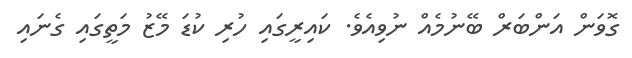
ގޮވަން އަންބަރް ބޭނުމެއް ނުވިއެވެ. ކައިރީގައި ހުރި ކުޑަ މޭޒު މަތީގައި ގެނައި